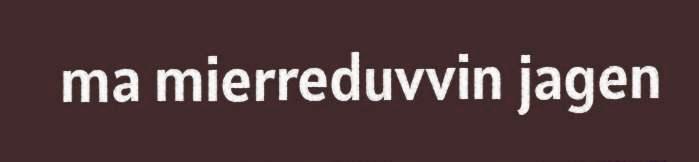
ma mierreduvvin jagen